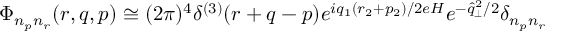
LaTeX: \Phi _ { n _ { p } n _ { r } } ( r , q , p ) \cong ( 2 \pi ) ^ { 4 } \delta ^ { ( 3 ) } ( r + q - p ) e ^ { i q _ { 1 } ( r _ { 2 } + p _ { 2 } ) / 2 e H } e ^ { - \widehat { q } _ { \perp } ^ { 2 } / 2 } \delta _ { n _ { p } n _ { r } }